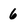
Character: 6